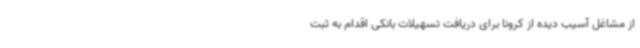
از مشاغل آسیب دیده از کرونا برای دریافت تسهیلات بانکی اقدام به ثبت